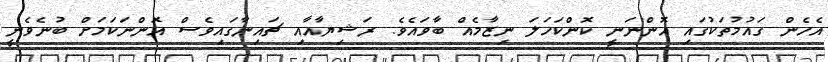
އެހެން ގައުމުތަކުގައި އޮންނަނީ ކޮންކަހަލަ ނިޒާމެއް ބާވައެވެ. ރަޝިޔާއާއި ޗައިނާގައިވެސް އޮންނަކަމަށް ބުނެވެނީ